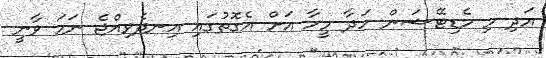
އަދި މި މެޑިޓޭޝަން ހަދާ މީހާ އަށް އެގޮތުގައި އިނދެވިއްޖެ ނަމަ ވާނީ